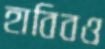
হাবিবও